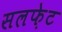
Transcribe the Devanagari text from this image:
सलफ़ेट